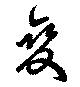
變